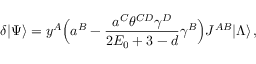
\delta | \Psi \rangle = y ^ { A } \Bigl ( a ^ { B } - \frac { a ^ { C } \theta ^ { C D } \gamma ^ { D } } { 2 E _ { 0 } + 3 - d } \gamma ^ { B } \Bigr ) J ^ { A B } | \Lambda \rangle \, ,